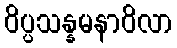
ဝိပ္ပသန္နမနာဝိလာ